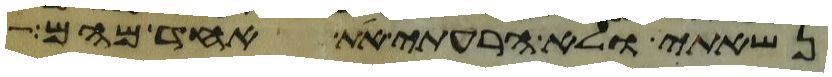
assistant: נשאתי ולא הרעתי את אחד מהם